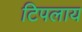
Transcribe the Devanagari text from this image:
टिपलाय